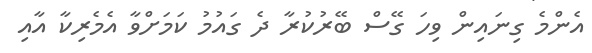
އެންމެ ގިނައިން ވިހަ ގޭސް ބޭރުކުރާ ދެ ގައުމު ކަމަށްވާ އެމެރިކާ އާއި